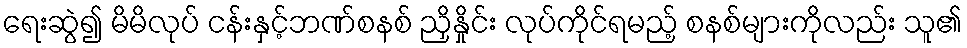
ရေးဆွဲ၍ မိမိလုပ် ငန်းနှင့်ဘဏ်စနစ် ညှိနှိုင်း လုပ်ကိုင်ရမည့် စနစ်များကိုလည်း သူ၏